Leaving Certificate Examination, 1906
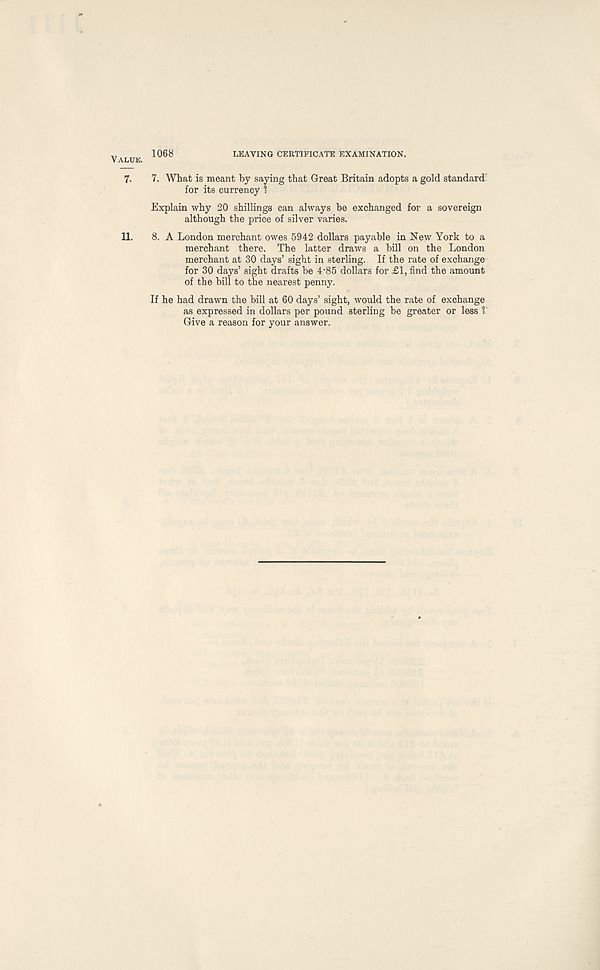
Value. 1068
LEAVING CERTIFICATE EXAMINATION.
7. 7. What is meant by saying that Great Britain adopts a gold standard
for its currency 1
Explain why 20 shillings can always be exchanged for a sovereign
although the price of silver varies.
11. 8. A London merchant owes 5942 dollars payable in New York to a
merchant there. The latter draws a bill on the London
merchant at 30 days’ sight in sterling. If the rate of exchange
for 30 days’ sight drafts be 4-85 dollars for £1, find the amount
of the bill to the nearest penny.
If he had drawn the bill at 60 days’ sight, would the rate of exchange
as expressed in dollars per pound sterling be greater or less V
Give a reason for your answer.